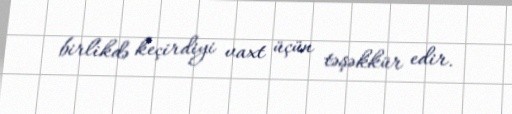
birlikdə keçirdiyi vaxt üçün təşəkkür edir.